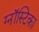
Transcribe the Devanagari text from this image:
ग्नॉस्टिका